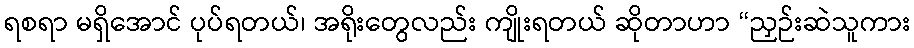
ရစရာ မရှိအောင် ပုပ်ရတယ်၊ အရိုးတွေလည်း ကျိုးရတယ် ဆိုတာဟာ “ညှဉ်းဆဲသူကား